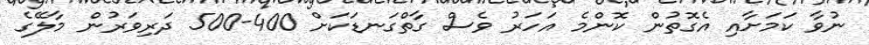
ނުވާ ކަމަށާއި އެގޮތުން ކޮންމެ އަހަރު ވެސް ގާތްގަނޑަކަށް 400-500 ދަރިވަރުން މާލޭގެ